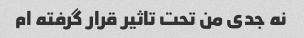
نه جدی من تحت تاثیر قرار گرفته ام